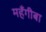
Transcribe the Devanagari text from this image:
महँगीबा